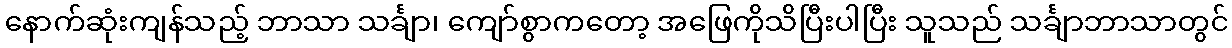
နောက်ဆုံးကျန်သည့် ဘာသာ သင်္ချာ၊ ကျော်စွာကတော့ အဖြေကိုသိပြီးပါပြီး သူသည် သင်္ချာဘာသာတွင်